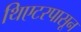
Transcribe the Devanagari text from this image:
थिएटरपासून